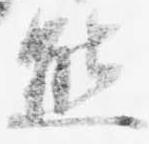
熊